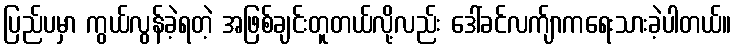
ပြည်ပမှာ ကွယ်လွန်ခဲ့ရတဲ့ အဖြစ်ချင်းတူတယ်လို့လည်း ဒေါ်ခင်လက်ျာကရေးသားခဲ့ပါတယ်။